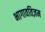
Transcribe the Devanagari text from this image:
भागावतिज़म